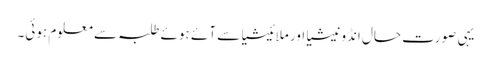
یہی صورت حال انڈونیشیا اور ملائیشیا سے آئے ہوئے طلبہ سے معلوم ہوئی۔